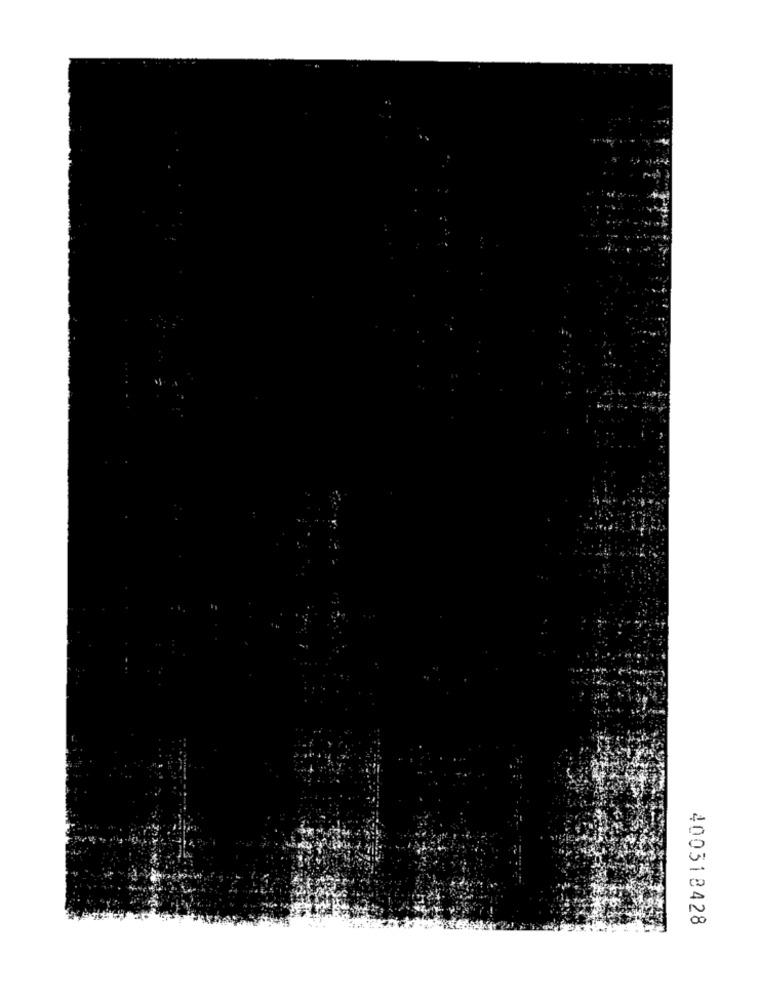
400318428